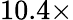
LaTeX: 10.4\times